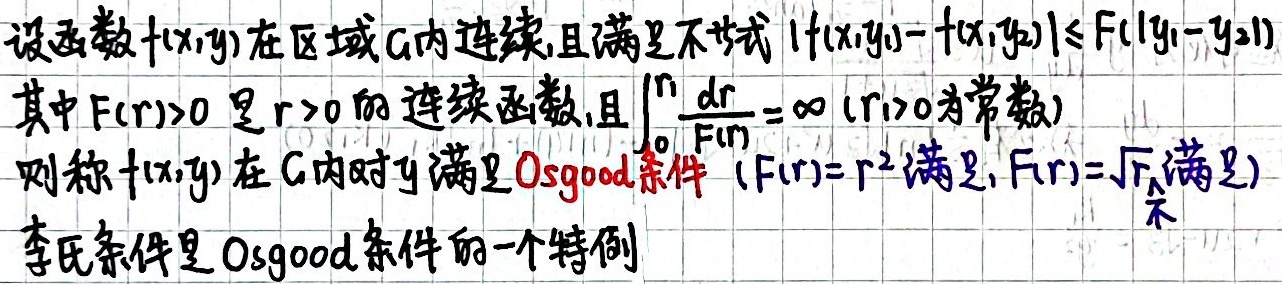
设函数\(f(x,y)\)在区域\(G\)内连续,且满足不等式\(\vert f(x,y_{1}) - f(x,y_{2})\vert\leq F(\vert y_{1}-y_{2}\vert)\)
其中\(F(r)>0\)是\(r > 0\)的连续函数,且\(\int_{0}^{r_{1}}\frac{dr}{F(r)}=\infty\) (\(r_{1}>0\)为常数)
则称\(f(x,y)\)在\(G\)内对\(y\)满足Osgood条件（\(F(r)=r^{2}\)满足，\(F(r)=\sqrt{r}\)不满足）
李氏条件是Osgood条件的一个特例